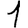
Digit: 1